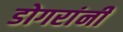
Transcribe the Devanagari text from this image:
डोगरांनी